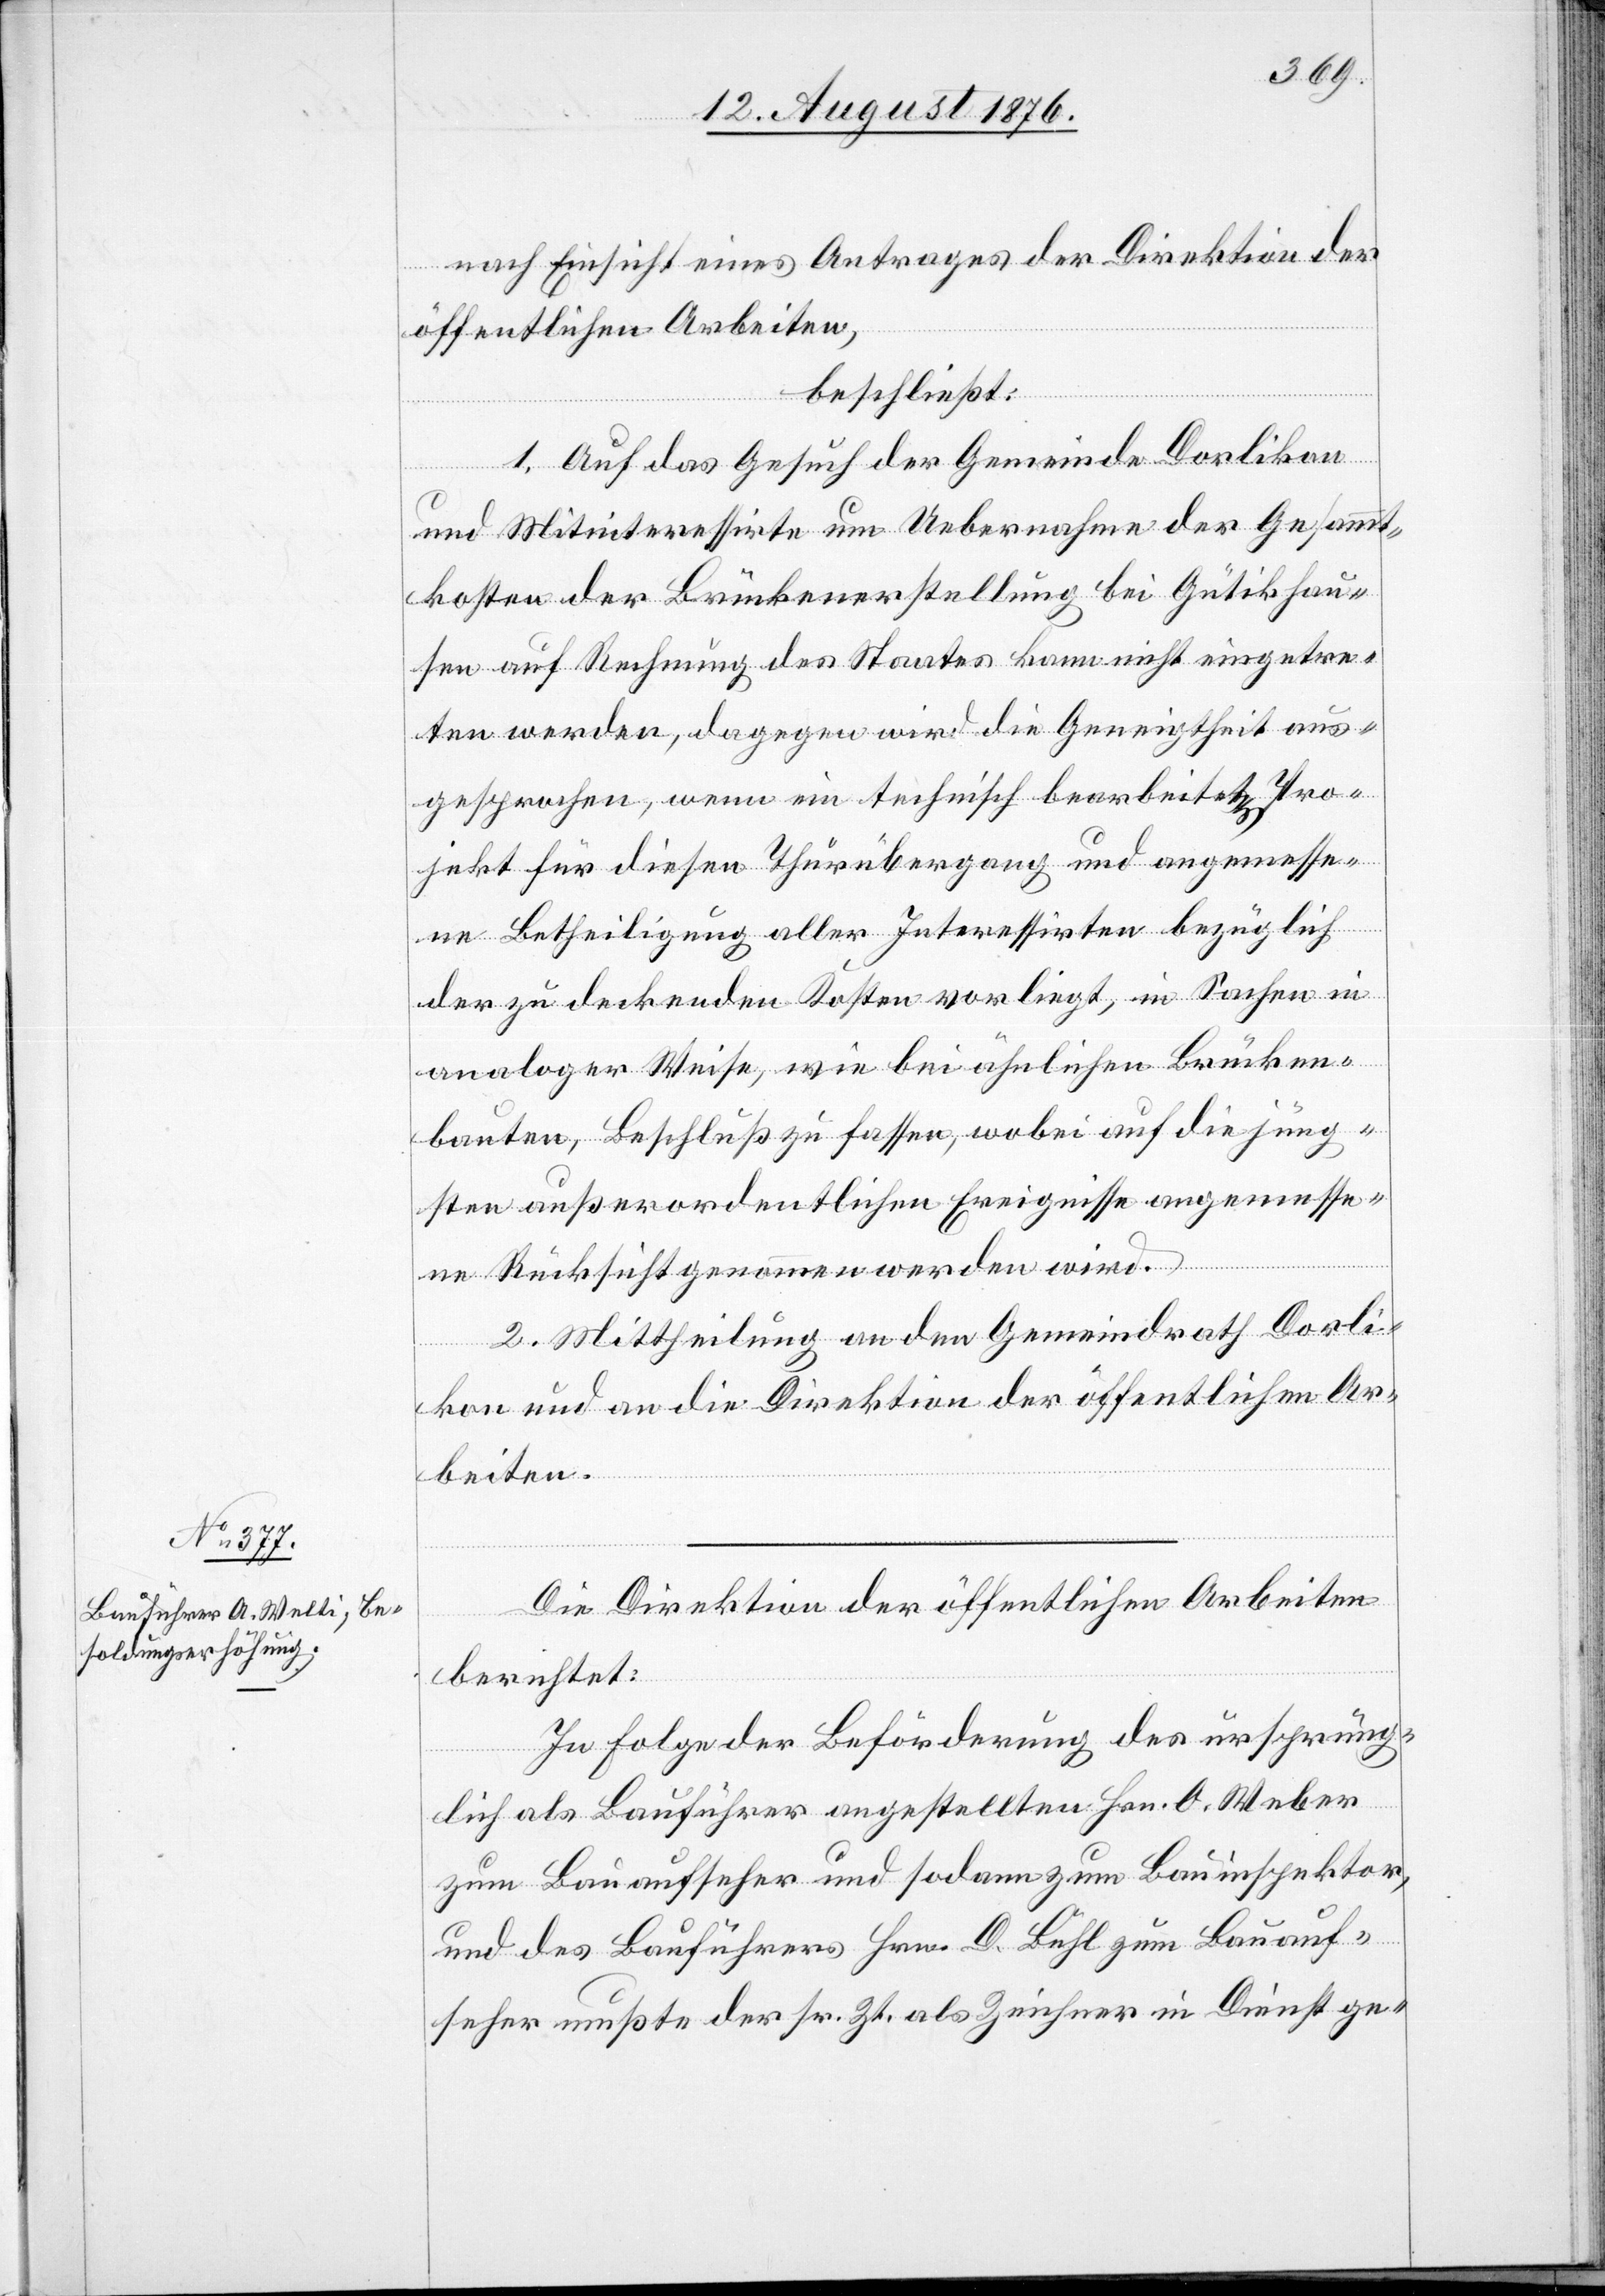
nach Einsicht eines Antrages der Direktion der
öffentlichen Arbeiten,
beschließt:
1. Auf das Gesuch der Gemeinde Dorlikon
und Mitinteressirte um Uebernahme der Gesammt¬
kosten bei der Brückenerstellung bei Gütikhau¬
sen auf Rechnung des Staates kann nicht eingetre¬
ten werden, dagegen wird die Geneigtheit aus¬
gesprochen, wenn ein technisch bearbeitetes Pro¬
jekt für diesen Thurübergang und angemesse¬
ne Betheiligung aller Interessirten bezüglich
der zu deckenden Kosten vorliegt, in Sachen in
analoger Weise, wie bei ähnlichen Brücken¬
bauten Beschluß zu fassen, wobei auf die jüng¬
sten außerordentlichen Ereignisse angemesse¬
ne Rücksicht genommen werden wird.
2. Mittheilung an den Gemeindrath Dorli¬
kon und an die Direktion der öffentlichen Ar¬
beiten.
Die Direktion der öffentlichen Arbeiten
berichtet:
In Folge der Beförderung des ursprüng¬
lich als Bauführer angestellten Hrn. O. Weber
zum Bauaufseher und sodann zum Bauinspektor,
und des Bauführers Hrn. D. Bühl zum Bauauf¬
seher mußte der sr. Zt. als Zeichner in Dienst ge-